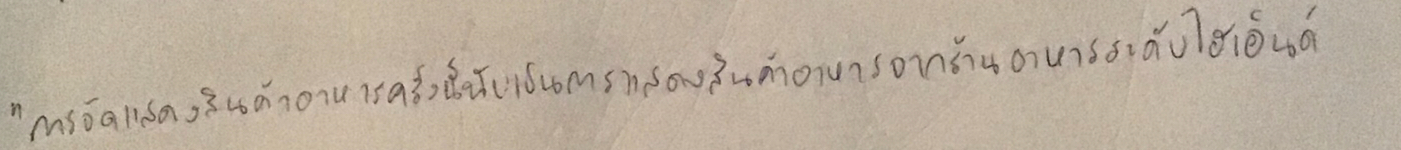
"การจัดแสดงสินค้าอาหารครั้งนี้นับเป็นการแสดงสินค้าอาหารจากร้านอาหารระดับไฮเอ็นด์